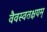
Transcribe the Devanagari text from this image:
वैवस्वतक्षयम्